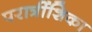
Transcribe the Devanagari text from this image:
परात्रींशिका